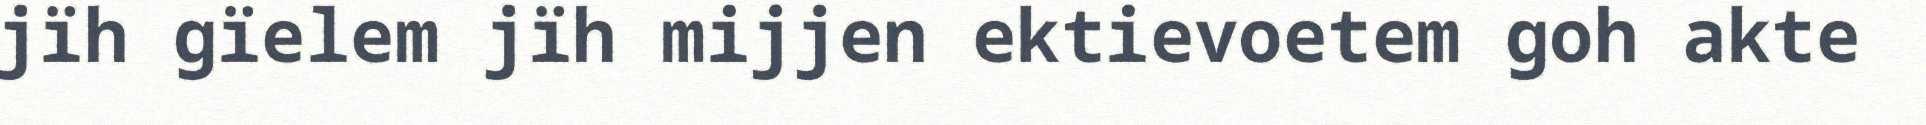
jïh gïelem jïh mijjen ektievoetem goh akte